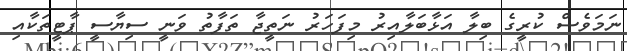
ނަމަވެސް ކުރީގެ ބިލާ އަޅާބަލާއިރު މިފަހަރު ނަތީޖާ ތަފާތު ވަނީ ސިޔާސީ ޕާޓީތަކާއި